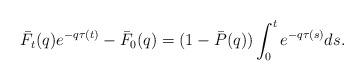
LaTeX: \begin{align*}\bar F_t(q)e^{-q\tau(t)} - \bar F_0(q) = (1-\bar P(q))\int_0^t e^{-q\tau(s)}ds.\end{align*}